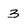
Character: 3